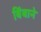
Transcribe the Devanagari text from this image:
बिंबाने